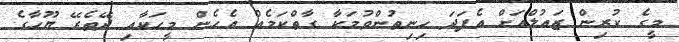
މީގެ ކުރިން ޒައުލްއަށް އެފަދަ ހިނިތުންވުމަކާ ގާތްކަމެއް އެހެން މީހަކާއި ދޭތެރޭ ޔޫހާގެ